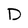
Character: D